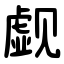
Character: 觑